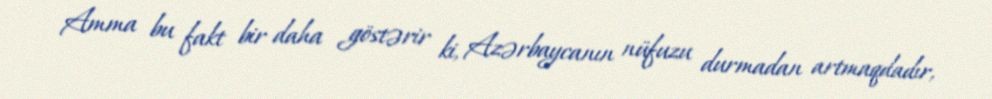
Amma bu fakt bir daha göstərir ki, Azərbaycanın nüfuzu durmadan artmaqdadır,